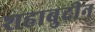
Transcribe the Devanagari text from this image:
शहाबुदीन